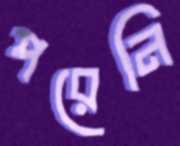
পরেনি